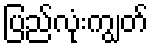
ပြည်လုံးကျွတ်